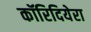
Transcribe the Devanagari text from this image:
कॉरिदियेरा